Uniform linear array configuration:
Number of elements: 32
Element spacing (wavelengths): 0.25
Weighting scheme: blackman
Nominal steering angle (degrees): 15
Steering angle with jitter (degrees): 16.99
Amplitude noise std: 0.05
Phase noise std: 0.05

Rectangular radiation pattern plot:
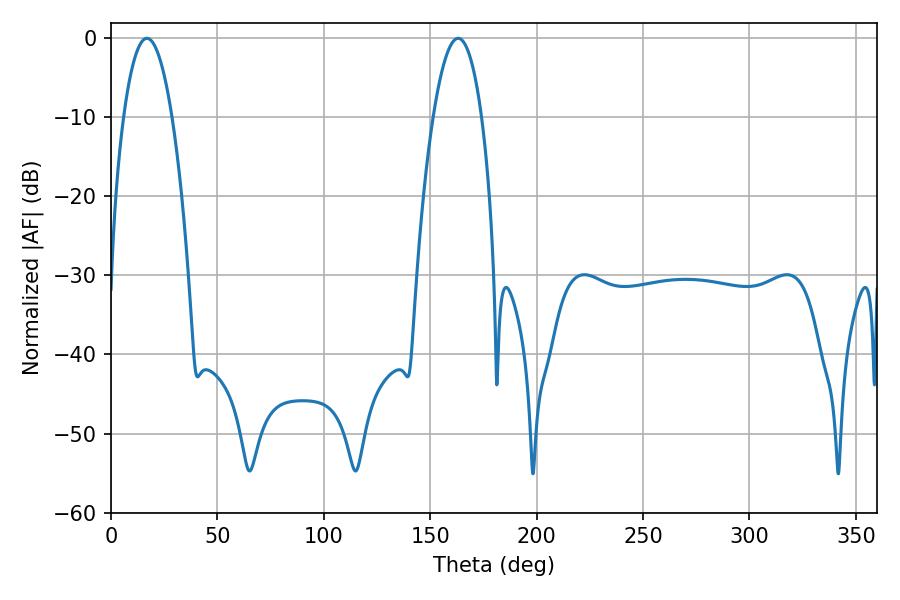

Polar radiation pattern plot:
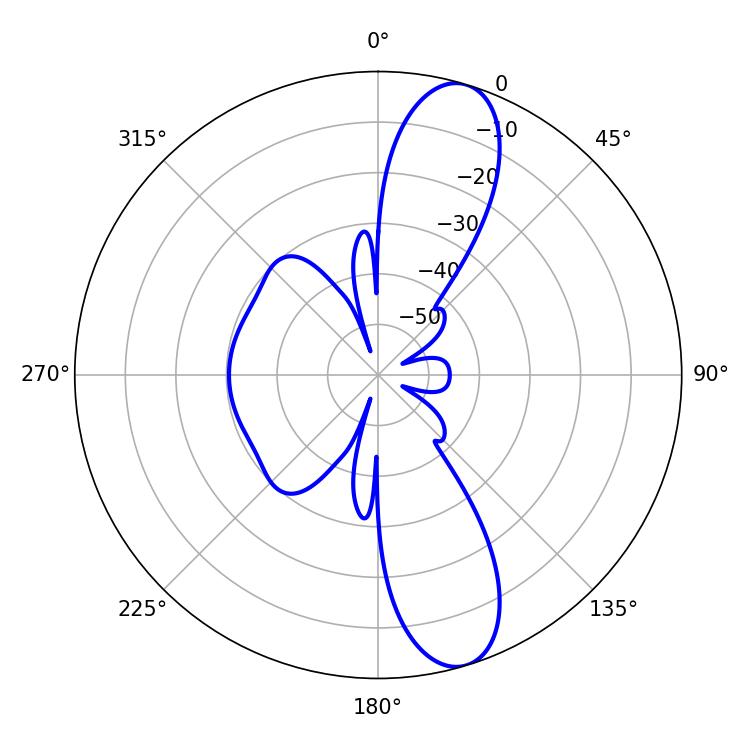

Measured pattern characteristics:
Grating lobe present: FALSE
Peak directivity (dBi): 11.667
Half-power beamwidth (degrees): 12.6
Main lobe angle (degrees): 16.92